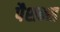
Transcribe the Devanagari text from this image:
पैशन्स